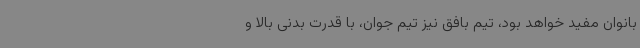
بانوان مفید خواهد بود، تیم بافق نیز تیم جوان، با قدرت بدنی بالا و